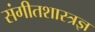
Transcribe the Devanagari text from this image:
संगीतशास्त्रज्ञ